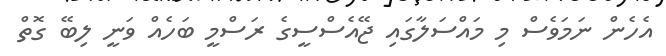
އެހެން ނަމަވެސް މި މައްސަލާގައި ޖޭއެސްސީގެ ރަސްމީ ބަހެއް ވަނީ ލިބޭ ގޮތް